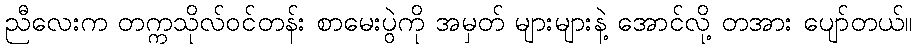
ညီလေးက တက္ကသိုလ်ဝင်တန်း စာမေးပွဲကို အမှတ် များများနဲ့ အောင်လို့ တအား ပျော်တယ်။